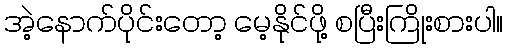
အဲ့နောက်ပိုင်းတော့ မေ့နိုင်ဖို့ စပြီးကြိုးစားပါ။